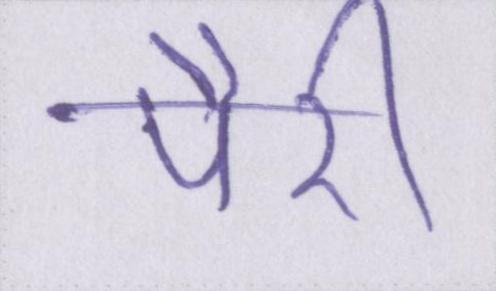
पैरी